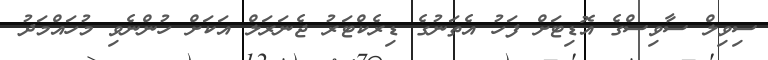
ސިވިލް ސާވިސްގެ އޮޑިޓަށް ފަހު އެތަނުގެ ޑިރެކްޓަރު ޖެނަރަލް އަކަށް ހުންނެވި މުހައްމަދު